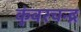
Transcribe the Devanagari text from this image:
कुंवरचन्द्र